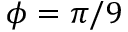
\phi = \pi / 9